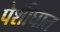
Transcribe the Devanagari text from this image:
पेशीघात